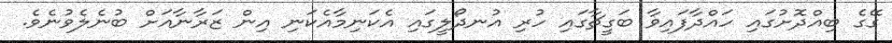
ގޭގެ ބިއްދޮށުގައި ހައްދާފައިވާ ބަގީޗާގައި ހުރި އުނދޯލީގައި އެކަނިމާއެކަނި އިން ޒަރާނާއަށް ބުނެލެވުނެވެ.